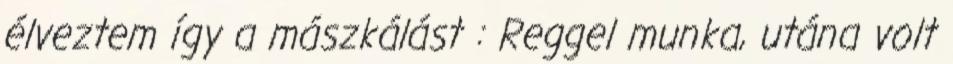
élveztem így a mászkálást : Reggel munka, utána volt